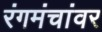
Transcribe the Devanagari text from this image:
रंगमंचांवर